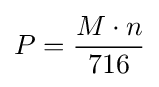
P={M\cdot n \over 716}